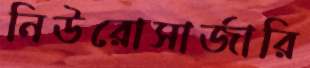
নিউরোসার্জারি